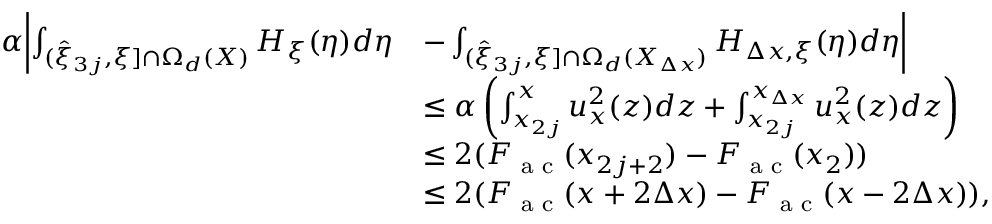
\begin{array} { r l } { \alpha \biggl | \int _ { ( \hat { \xi } _ { 3 j } , \xi ] \cap \Omega _ { d } ( X ) } H _ { \xi } ( \eta ) d \eta } & { - \int _ { ( \hat { \xi } _ { 3 j } , \xi ] \cap \Omega _ { d } ( X _ { \Delta x } ) } H _ { \Delta x , \xi } ( \eta ) d \eta \biggr | } \\ & { \leq \alpha \left( \int _ { x _ { 2 j } } ^ { x } u _ { x } ^ { 2 } ( z ) d z + \int _ { x _ { 2 j } } ^ { x _ { \Delta x } } u _ { x } ^ { 2 } ( z ) d z \right) } \\ & { \leq 2 ( F _ { \textrm { a c } } ( x _ { 2 j + 2 } ) - F _ { \textrm { a c } } ( x _ { 2 } ) ) } \\ & { \leq 2 ( F _ { \textrm { a c } } ( x + 2 \Delta x ) - F _ { \textrm { a c } } ( x - 2 \Delta x ) ) , } \end{array}